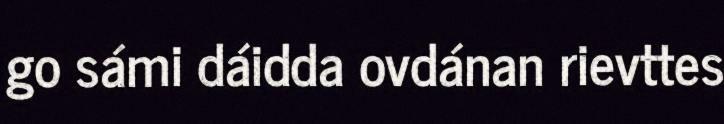
go sámi dáidda ovdánan rievttes